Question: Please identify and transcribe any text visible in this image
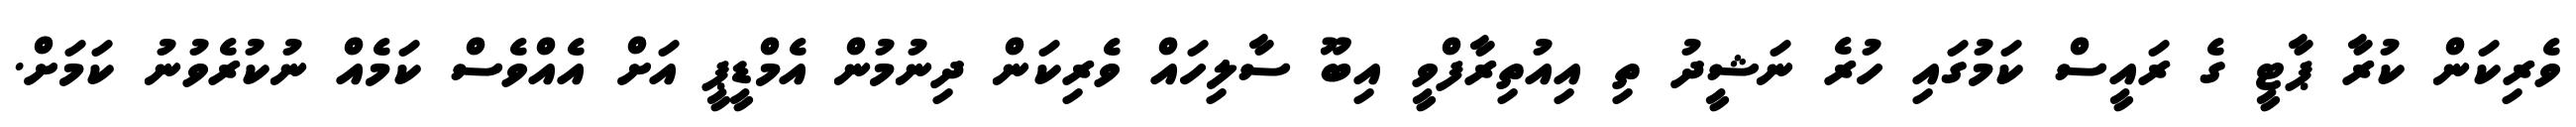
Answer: ވެރިކަން ކުރާ ޕާޓީ ގެ ރައީސް ކަމުގައި ހުރެ ނަޝީދު ތި އިއުތިރާފްވީ އިބޫ ސާލިހައް ވެރިކަން ދިނުމުން އެމްޑީޕީ އަށް އެއްވެސް ކަމެއް ނުކުރެވުނު ކަމަށް.